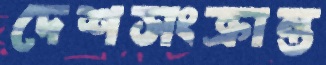
দেশসংক্রান্ত